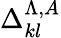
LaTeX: \Delta_{kl}^{\Lambda,A}